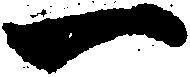
一